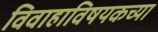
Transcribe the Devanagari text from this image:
विवाहाविषयकच्या